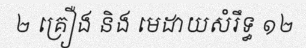
២ គ្រឿង និង មេដាយសំរឹទ្ធ ១២